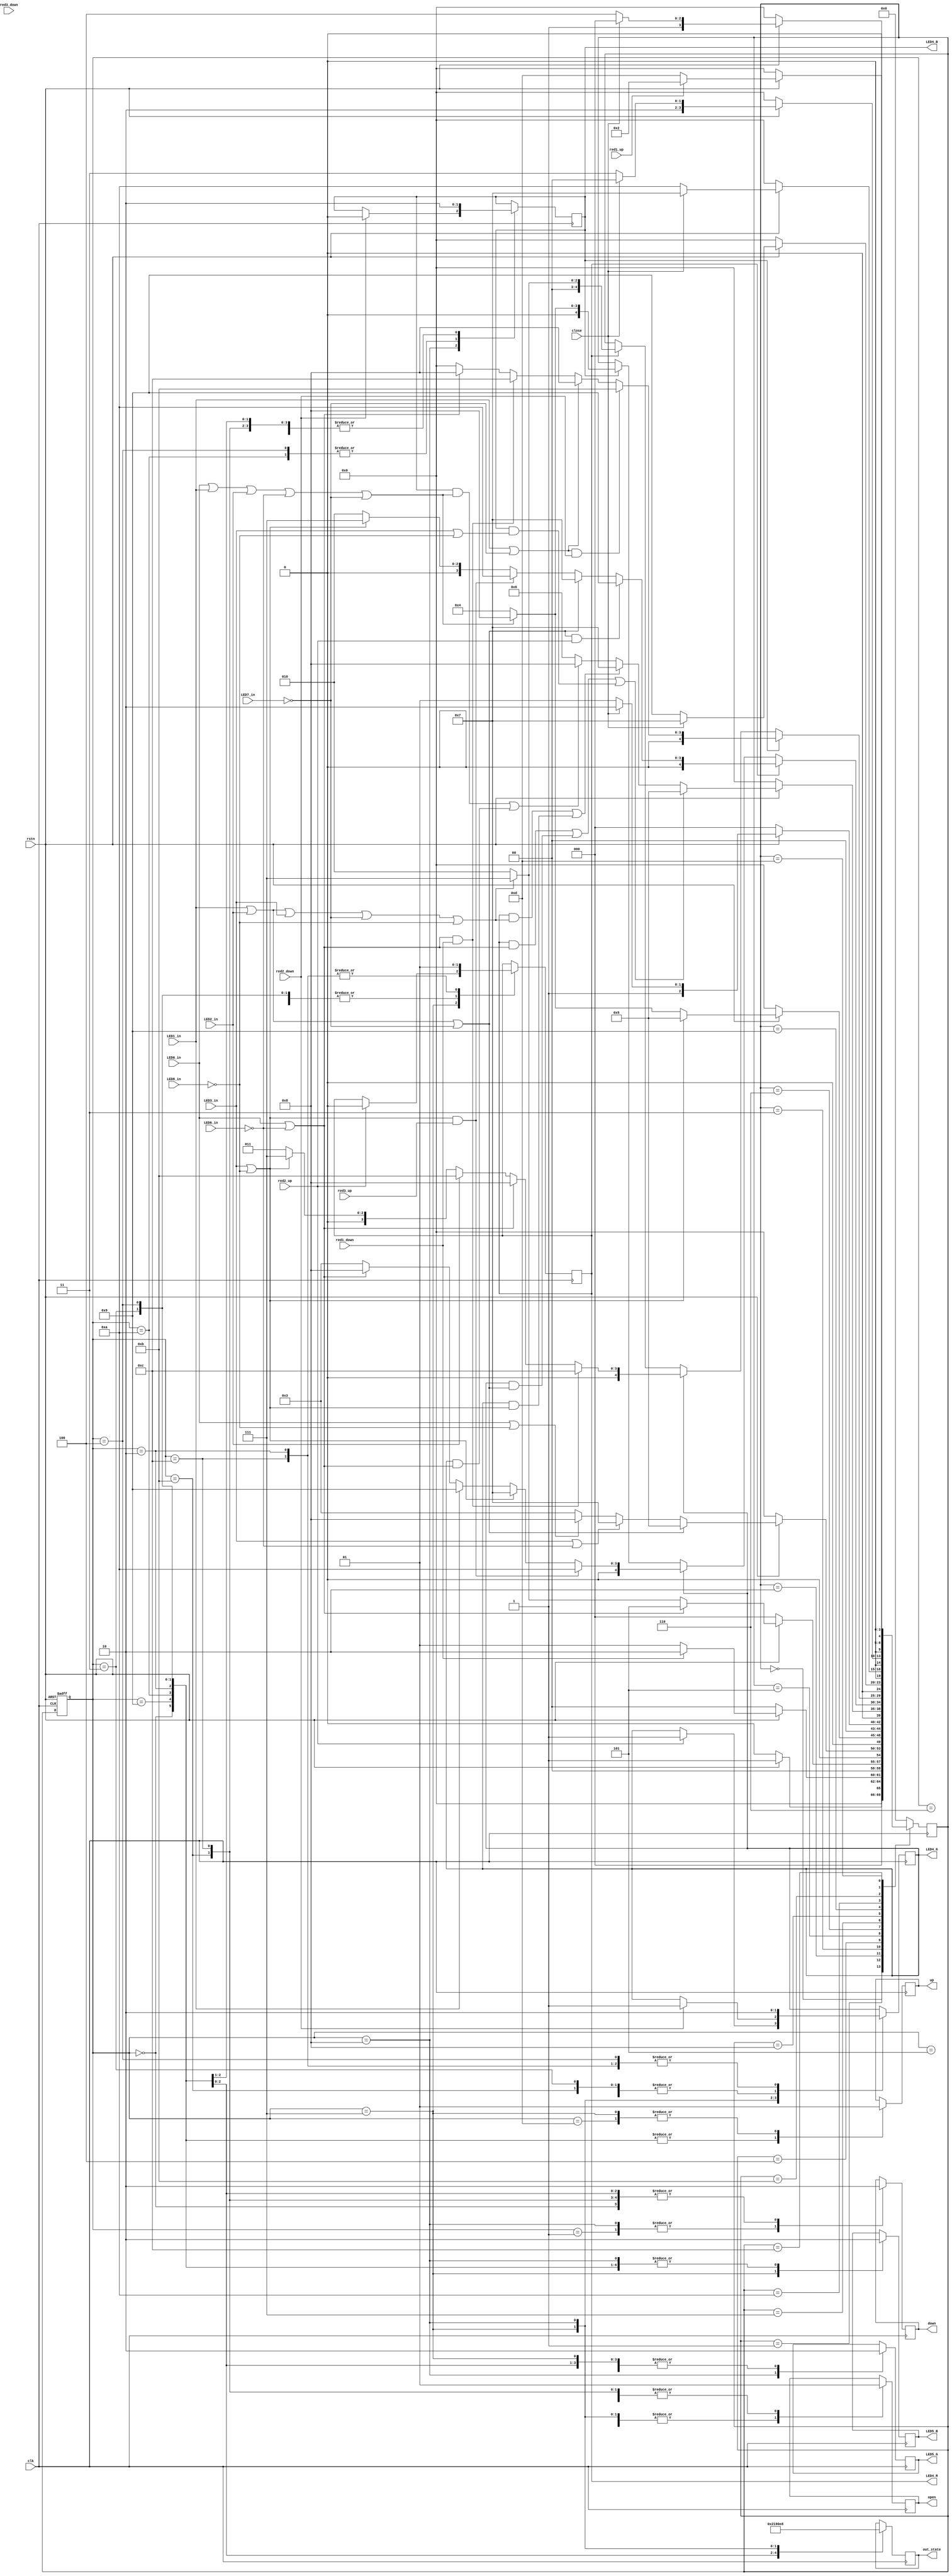
//==============================================================================
// Module name: fsm
// Description: 
// -------------------------------------------------
// Modification log here:
// Author     :
// Date       : 
// Message    :
//==============================================================================
module fsm
#(
  parameter STATE = 4,
  parameter SIDLE = 4'd0,
  parameter S1    = 4'd1,
  parameter S2    = 4'd2,
  parameter S3    = 4'd3,
  parameter S4    = 4'd4,
  parameter S5    = 4'd5,
  parameter S6    = 4'd6,
  parameter S7    = 4'd7,
  parameter S8    = 4'd8,
  parameter S9    = 4'd9,
  parameter S10   = 4'd10,
  parameter S11   = 4'd11,
  parameter S12   = 4'd12,
  parameter S13   = 4'd13
)
(
  input                 clk,
  input                 rstn,

  //
  input                 red1_up,
  input                 red2_up,
  input                 red3_up,

  input                 red1_down,
  input                 red2_down,
  input                 red3_down,

  output reg            down,
  output reg            up,

  //????
  input                 LED0_in,
  input                 LED1_in,
  input                 LED2_in,
  input                 LED3_in,
  
  //????
  input                 LED6_in,
  input                 LED7_in,
  input                 LED8_in,

  //????
  output reg            LED4_R,
  output reg            LED4_G,
  output reg            LED4_B,
  
  //?
  output reg            LED5_G,
  output reg            LED5_B,

  input                 close,
  output reg            open,

  output reg  [STATE:0] out_state
);

  reg  [STATE:0] current_state;
  reg  [STATE:0] next_state;

  always @(posedge clk or negedge rstn) begin
    if(!rstn) 
      current_state <= SIDLE;
    else  begin
      current_state <= next_state;
    end
  end

  always @(posedge clk) begin
    case(next_state)
      SIDLE:begin
        if(!rstn) 
          next_state = SIDLE;
        else 
          next_state = S1;
      end

      S1:begin
        if(!rstn)
          next_state = SIDLE;
        else if(red1_down)
          next_state = S2;
        else
          next_state = S1;
      end

      S2:begin
        if(!rstn)
          next_state = SIDLE;
        else begin
          if(LED0_in | (!LED6_in))
            next_state = S5;
          else if(LED1_in | LED2_in | LED3_in | (!LED7_in) | (!LED8_in))
            next_state = S7;
          else
            next_state = S2;
        end
      end

      S3:begin
        if(!rstn)
          next_state = SIDLE;
        else begin
          if(LED1_in | LED2_in | (!LED7_in))
            next_state = S5;
          else if(LED3_in | (!LED6_in))
            next_state = S7;
          else if(LED0_in | (!LED8_in))
            next_state = S8;
          else
            next_state = S3;
        end
      end

      S4:begin
        if(!rstn)
          next_state = SIDLE;
        else begin
          if(LED3_in | (!LED8_in))
            next_state = S5;
          else if(LED0_in | LED1_in | LED2_in | (!LED6_in) | (!LED7_in))
            next_state = S8;
          else
            next_state = S4;
        end
      end

      S5:begin
        if(!rstn)
          next_state = SIDLE;
        else if(close)
          next_state = S6;
        else
          next_state = S5;
      end

      S6:begin
        if(!rstn)
          next_state = SIDLE;
        else if((LED4_R & (LED0_in | (!LED6_in))) | (LED4_G & (LED1_in | LED2_in | (!LED7_in))) | (LED4_B & (LED3_in|| (!LED8_in))))
          next_state = S5;
        else if((LED4_R & (LED1_in | LED2_in | LED3_in | (!LED7_in) | (!LED8_in))) | (LED4_G & (LED3_in | (!LED8_in))))
          next_state = S7;
        else if((LED4_B & (LED0_in | LED1_in | LED2_in | (!LED6_in) | (!LED7_in))) | (LED4_G & (LED0_in | (!LED6_in))))
          next_state = S8;
        else
          next_state = S6;
      end

      S7: begin
        if(LED4_R) begin
          if((LED1_in | LED2_in | (!LED7_in)) & red2_up) 
            next_state = S9;
          else if(LED1_in | LED2_in | (!LED7_in))
            next_state = S7;
          else if((LED3_in | (!LED8_in)) & red3_up)
            next_state = S10;
          else if(LED3_in | (!LED8_in))
            next_state = S7;
          else
            next_state = S2;
        end 
        else if(LED4_G) begin
          if((LED3_in | (!LED8_in)) & red3_up) 
            next_state = S10;
          else if(LED3_in | (!LED8_in))
            next_state = S7;
          else if(LED1_in)
            next_state = S9;
          else if(LED0_in | (!LED6_in)) 
            next_state = S8;
          else
            next_state = S3;
        end
        else if(LED4_B) begin
          if(LED0_in | LED1_in | LED2_in | (!LED6_in) | (!LED7_in))
            next_state = S8;
          else
            next_state = S4;
        end
      end
      
      S8: begin
        if(LED4_B) begin
          if((LED1_in | (!LED7_in)) & red2_down)
            next_state = S11;
          else if(LED1_in | (!LED7_in))
            next_state = S8;
          else if((LED0_in | (!LED6_in)) & red1_down)
            next_state = S12;
          else if(LED0_in | (!LED6_in))
            next_state = S8;
          else
            next_state = SIDLE;
        end
        else if(LED4_G) begin
          if((LED0_in | (!LED6_in)) & red1_down)
            next_state = S12;
          else if(LED0_in | (!LED6_in))
            next_state = S8;
          else if(LED2_in)
            next_state = S11;
          else if(LED3_in | (!LED8_in))
            next_state = S7;
          else 
            next_state = S3;
        end
        else if(LED4_R) begin
          if(LED1_in | LED2_in | LED3_in | (!LED7_in) | (!LED8_in))
            next_state = S7;
          else
            next_state = S2;
        end
      end

      S9: begin
        if(!rstn)
          next_state = SIDLE;
        else if(close)
          next_state = S7;
        else
          next_state = S9;
      end

      S10: begin
        if(!rstn)
          next_state = SIDLE;
        else if(close)
          next_state = S7;
        else
          next_state = S10;
      end

      S11: begin
        if(!rstn)
          next_state = SIDLE;
        else if(close)
          next_state = S8;
        else
          next_state = S11;
      end

      S12: begin
        if(!rstn)
          next_state = SIDLE;
        else if(close)
          next_state = S8;
        else
          next_state = S12;
      end

      S13:begin
        if(!rstn)
          next_state = SIDLE;
        else if(red1_up)
          next_state = S2;
        else
          next_state = S13;
      end

      default:next_state = SIDLE;
    endcase
  end

  always @(posedge clk) begin
    case(current_state)
      SIDLE:begin
        up      <= 1'b0;
        down    <= 1'b0;
        open    <= 1'b0;
        LED4_R  <= 1'b0;
        LED4_G  <= 1'b0;
        LED4_B  <= 1'b0;
        LED5_G  <= 1'b0;
        LED5_B  <= 1'b0;
      end

      S1:begin
        down <= 1'b1;
      end

      S2:begin
        up     <= 1'b0;
        down   <= 1'b0;
        LED4_R <= 1'b1;
        LED4_G <= 1'b0;
        LED4_B <= 1'b0;
        LED5_G <= 1'b0;
        LED5_B <= 1'b0;
        out_state <= 4'd2;
      end

      S3:begin
        up     <= 1'b0;
        down   <= 1'b0;
        LED4_R <= 1'b0;
        LED4_G <= 1'b1;
        LED4_B <= 1'b0;
        LED5_G <= 1'b0;
        LED5_B <= 1'b0;
        out_state <= 4'd3;
      end

      S4:begin
        up     <= 1'b0;
        down   <= 1'b0;
        LED4_R <= 1'b0;
        LED4_G <= 1'b0;
        LED4_B <= 1'b1;
        LED5_G <= 1'b0;
        LED5_B <= 1'b0;
        out_state <= 4'd4;
      end

      S5:begin
        open   <= 1'b1;
      end

      S6:begin
        open   <= 1'b0;
      end

      S7:begin
        up     <= 1'b1;
        open   <= 1'b0;
        LED5_B <= 1'b1;
        LED5_G <= 1'b0;
        out_state <= 4'd7;
        if(red2_up) begin
          LED4_R <= 1'b0;
          LED4_G <= 1'b1;
        end
      end

      S8: begin
        down   <= 1'b1;
        open   <= 1'b0;
        LED5_B <= 1'b0;
        LED5_G <= 1'b1;
        out_state <= 4'd8;
        if(red2_down) begin
          LED4_B <= 1'b0;
          LED4_G <= 1'b1;
        end
      end

      S9: begin
        open   <= 1'b1;
        up     <= 1'b0;
        LED4_R <= 1'b0;
        LED4_G <= 1'b1;
        LED4_B <= 1'b0;
        LED5_B <= 1'b0;
      end

      S10: begin
        open   <= 1'b1;
        up     <= 1'b0;
        LED4_R <= 1'b0;
        LED4_G <= 1'b0;
        LED4_B <= 1'b1;
        LED5_B <= 1'b0;
      end

      S11: begin
        open   <= 1'b1;
        down   <= 1'b0;
        LED4_R <= 1'b0;
        LED4_G <= 1'b1;
        LED4_B <= 1'b0;
        LED5_G <= 1'b0;
      end

      S12: begin
        open   <= 1'b1;
        down   <= 1'b0;
        LED4_R <= 1'b1;
        LED4_G <= 1'b0;
        LED4_B <= 1'b0;
        LED5_G <= 1'b0;
      end

      S13:begin
        up <= 1'b1;
      end

    endcase
  end

endmodule